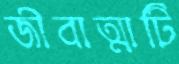
জীবাত্মাটি